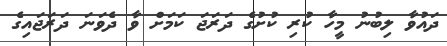
ދައުވާ ލިބުނު މީހާ ކުރި ކުށުގެ ދަރަޖަ ކަމަށް ވާ ދެވަނަ ދަރަޖައިގެ